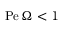
\mathrm { P e } \, \Omega < 1